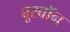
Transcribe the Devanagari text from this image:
बूरबॉन